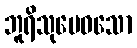
ဘူရိသုမေဓသော